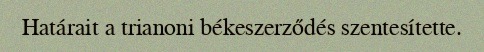
Határait a trianoni békeszerződés szentesítette.